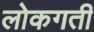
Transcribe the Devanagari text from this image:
लोकगती